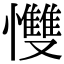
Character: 𢥠